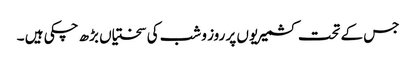
جس کے تحت کشمیریوں پر روز و شب کی سختیاں بڑھ چکی ہیں ۔